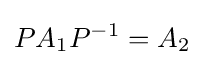
PA_{1}P^{-1}=A_{2}